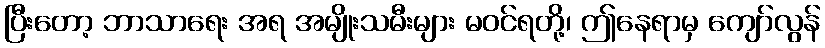
ပြီးတော့ ဘာသာရေး အရ အမျိုးသမီးများ မဝင်ရတို့၊ ဤနေရာမှ ကျော်လွန်